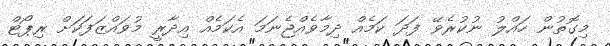
މިގޮތުން ހައްލު ނުކުރެވޭ ފަދަ ކަމެއް ދިމާވެއްޖެނަމަ އެކަމެއް އިދާރީ މުވައްޒަފަކަށް ރިޕޯޓް